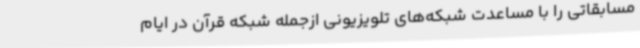
مسابقاتی را با مساعدت شبکه‌های تلویزیونی ازجمله شبکه قرآن در ایام